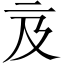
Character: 𠄦